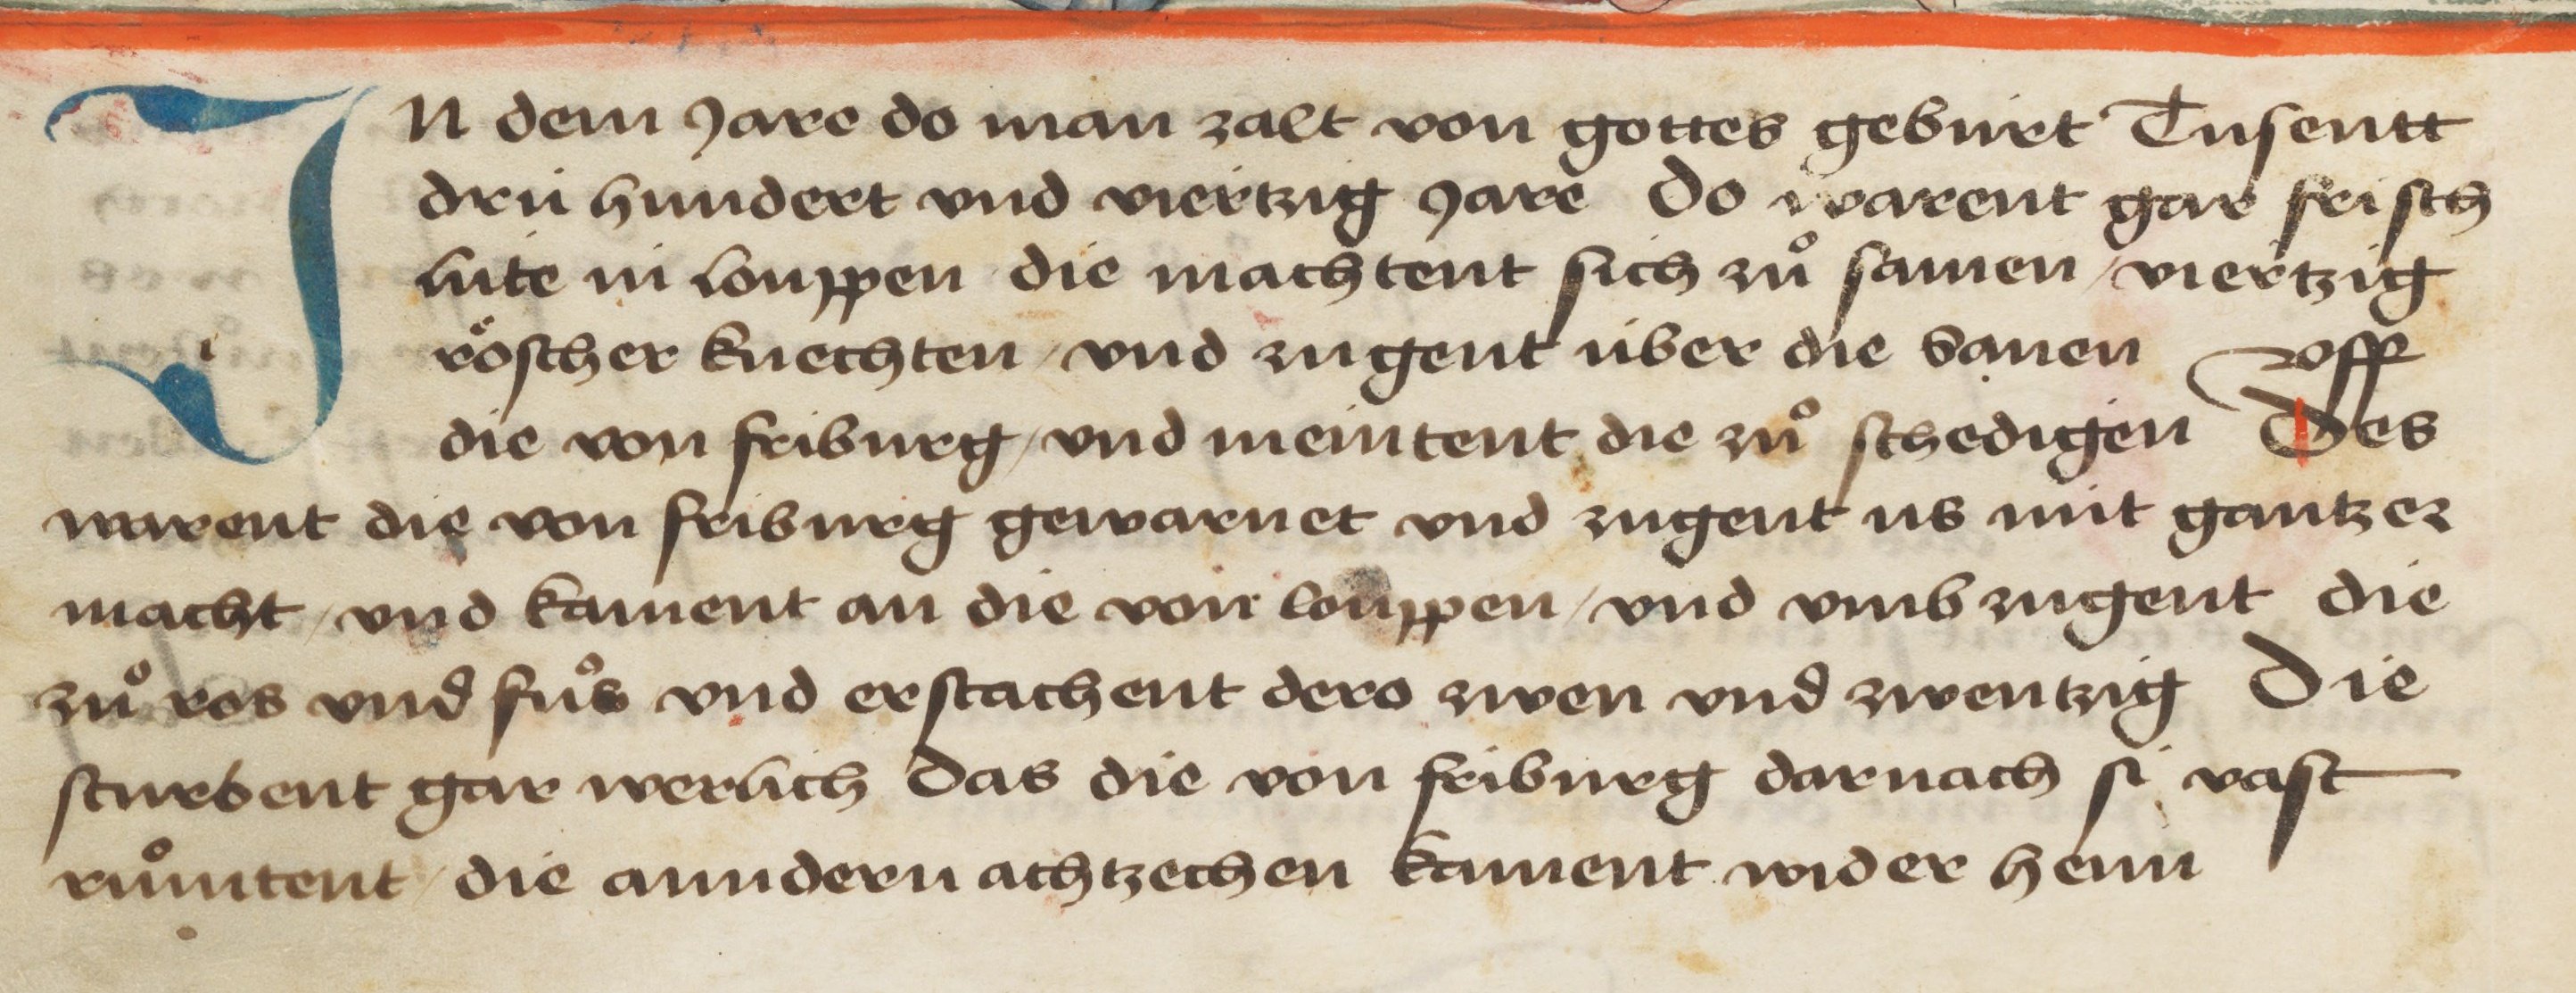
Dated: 1478–1483